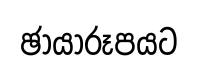
ඡායාරූපයට